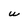
Character: w